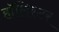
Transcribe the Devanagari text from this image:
हॉलिस्टर